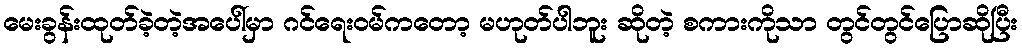
မေးခွန်းထုတ်ခဲ့တဲ့အပေါ်မှာ ဂင်ရေးဝမ်ကတော့ မဟုတ်ပါဘူး ဆိုတဲ့ စကားကိုသာ တွင်တွင်ပြောဆိုပြီး